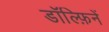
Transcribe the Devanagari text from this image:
डॉल्फ़िनें